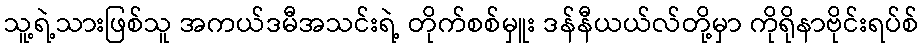
သူ့ရဲ့သားဖြစ်သူ အကယ်ဒမီအသင်းရဲ့ တိုက်စစ်မှူး ဒန်နီယယ်လ်တို့မှာ ကိုရိုနာဗိုင်းရပ်စ်